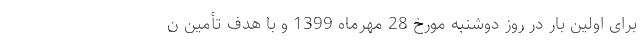
برای اولین بار در روز دوشنبه مورخ 28 مهرماه 1399 و با هدف تأمین ن